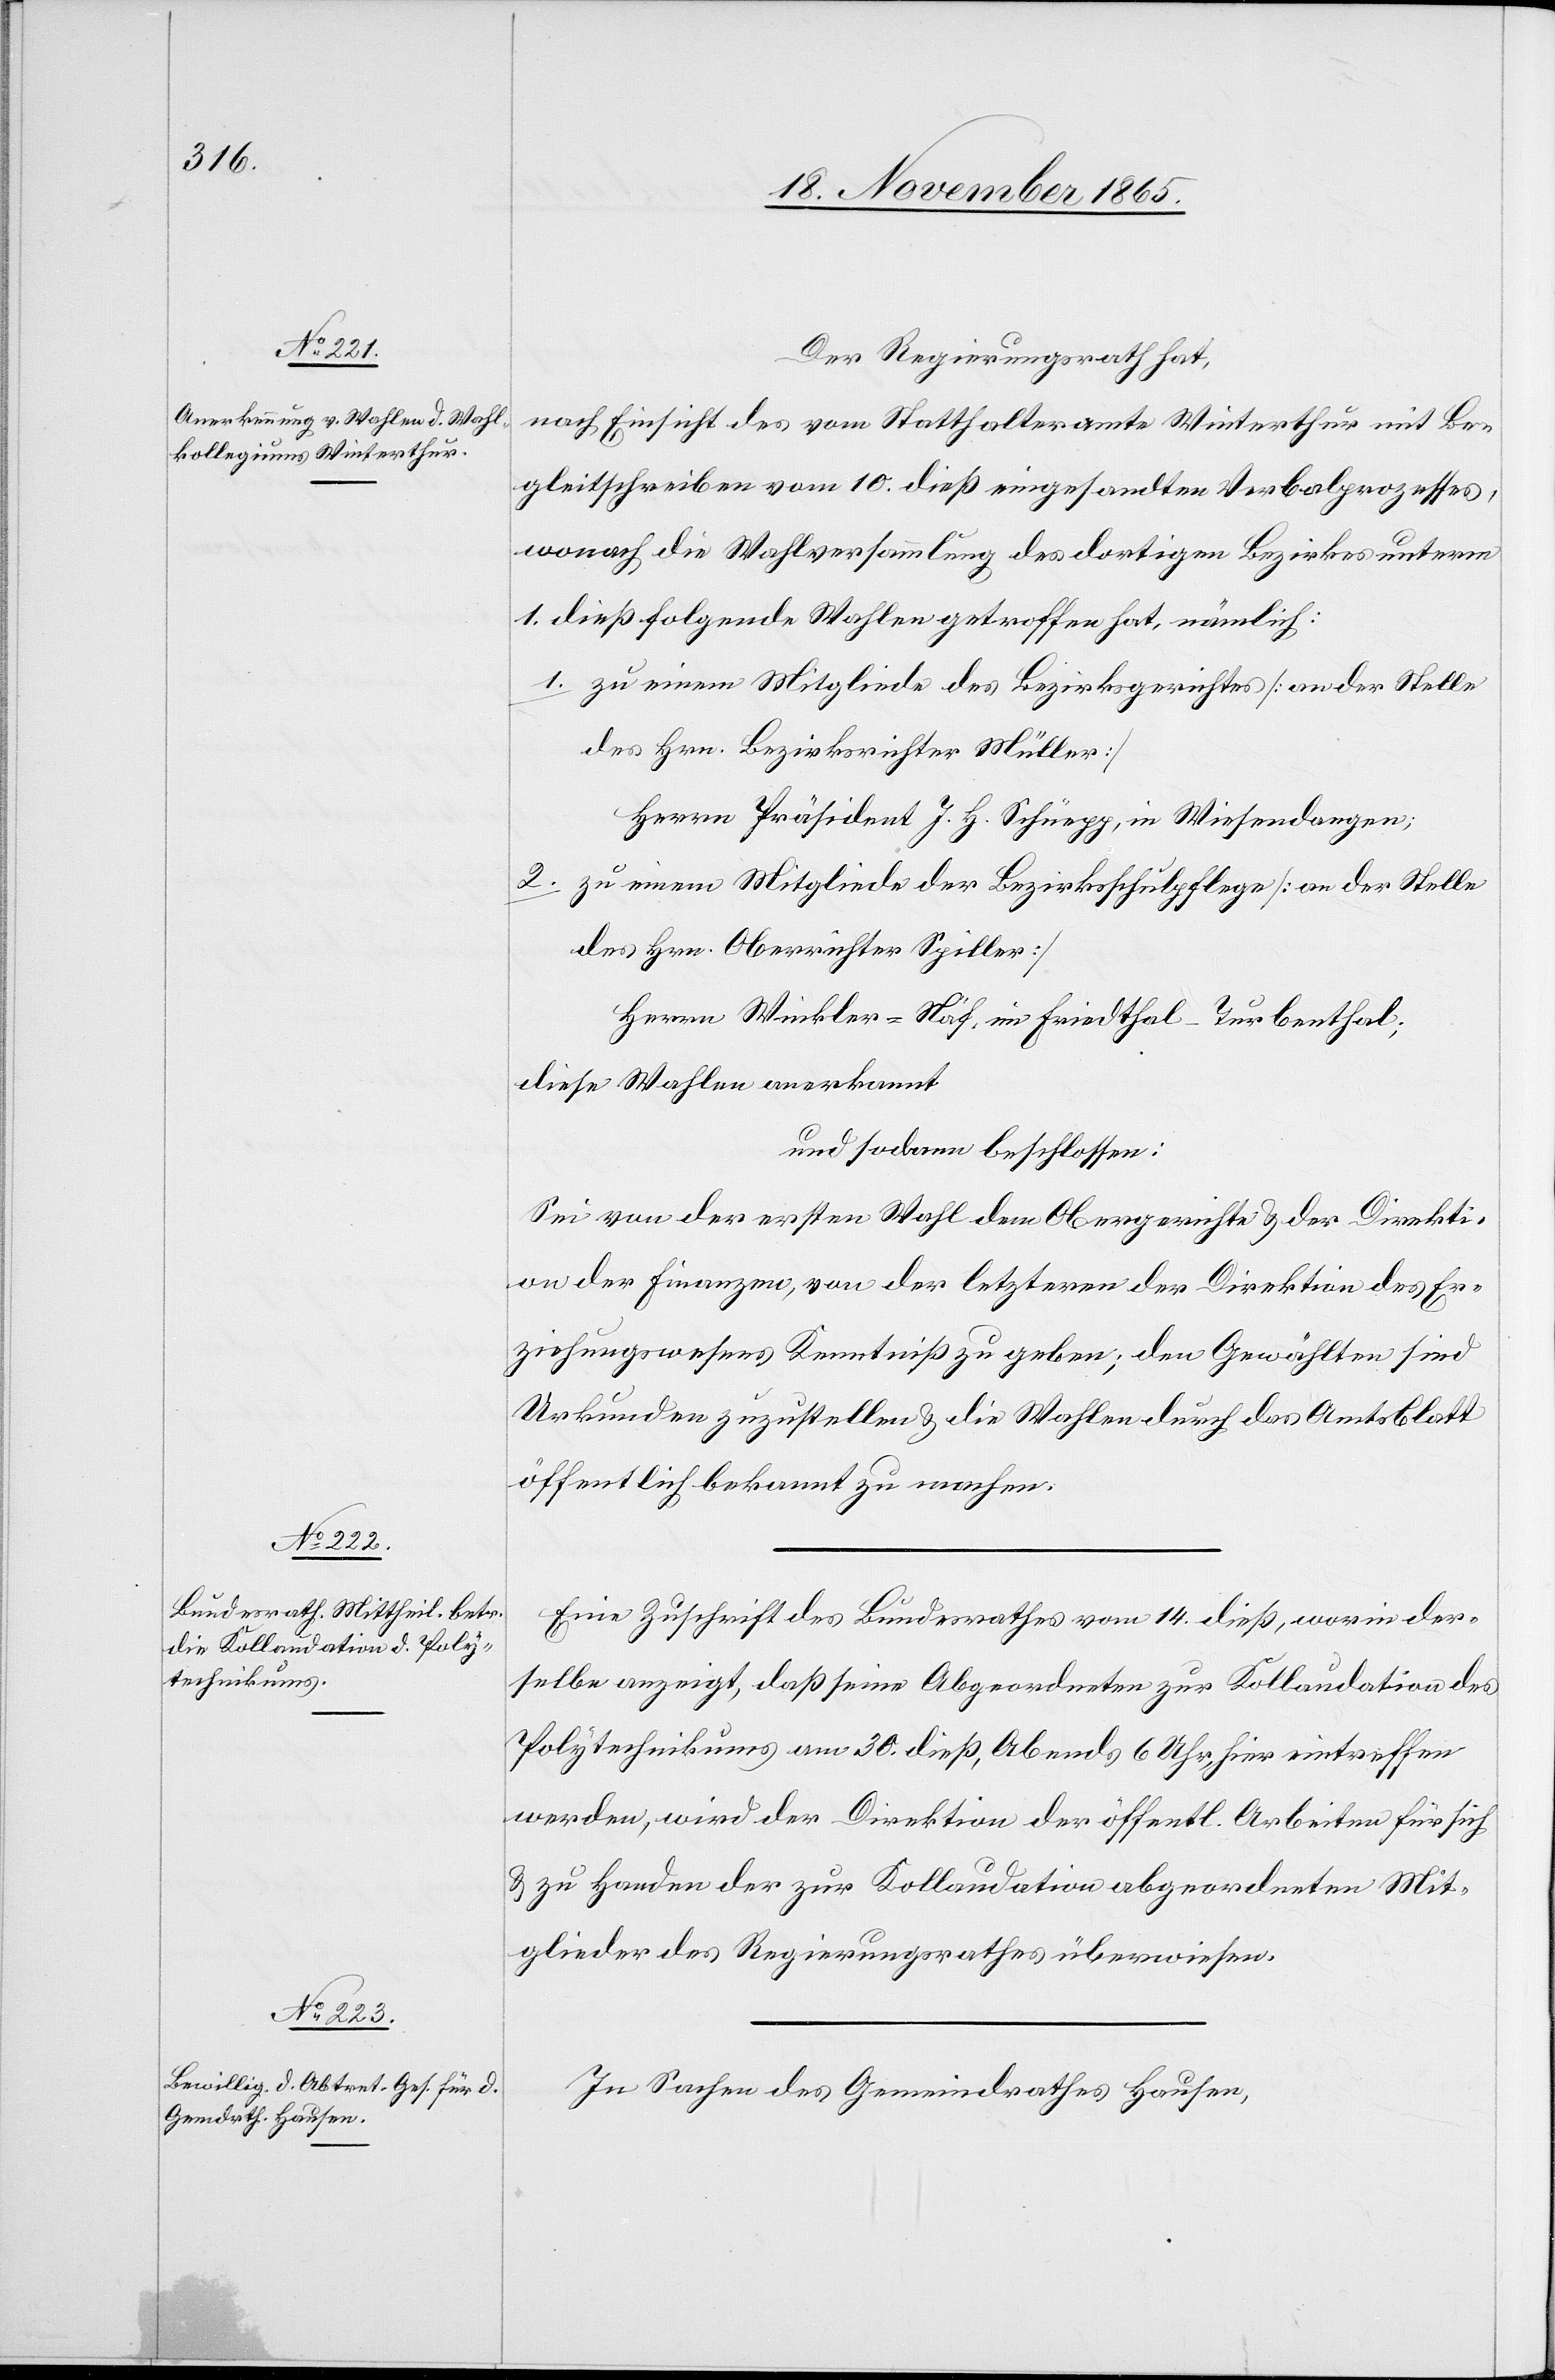
Der Regierungsrath hat,
nach Einsicht des vom Statthalteramte Winterthur mit Be¬
gleitschreiben vom 10. dieß eingesandten Verbalprozesses,
wonach die Wahlversammlung des dortigen Bezirks unterm
1. dieß folgende Wahlen getroffen hat, nämlich:
1. zu einem Mitgliede des Bezirksgerichtes [an der Stelle
des Hrn. Bezirksrichter Müller]
Herrn Präsident J. H. Schüepp, in Wiesendangen;
2. zu einem Mitgliede der Bezirksschulpflege [an der Stelle
des Hrn. Oberrichter Spiller]
Herrn Winkler-Näf, im Friedthal - Thurbenthal;
diese Wahlen anerkannt
und sodann beschlossen:
Sei von der ersten Wahl dem Obergerichte & der Direkti¬
on der Finanzen, von der letzteren der Direktion des Er¬
ziehungswesens Kenntniß zu geben; den Gewählten sind
Urkunden zuzustellen & die Wahlen durch das Amtsblatt
öffentlich bekannt zu machen.
Eine Zuschrift des Bundesrathes vom 14. dieß, worin der¬
selbe anzeigt, daß seine Abgeordneten zur Kollaudation des
Polytechnikums am 30. dieß, Abends 6 Uhr, hier eintreffen
werden, wird der Direktion der öffentl. Arbeiten für sich
& zu Handen der zur Kollaudation abgeordneten Mit¬
glieder des Regierungsrathes überwiesen.
In Sachen des Gemeindrathes Hausen,